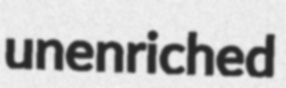
unenriched